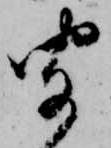
聞